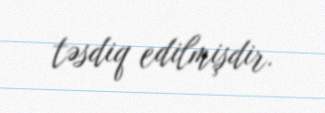
təsdiq edilmişdir.